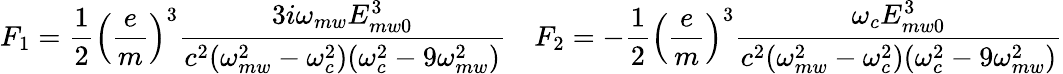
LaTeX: F_{1}=\frac{1}{2}\left(\frac{e}{m}\right)^{3}\frac{3i\omega_{mw}E_{mw0}^{3}}{c^{2}(\omega_{mw}^{2}-\omega_{c}^{2})(\omega_{c}^{2}-9\omega_{mw}^{2})}\quad F_{2}=-\frac{1}{2}\left(\frac{e}{m}\right)^{3}\frac{\omega_{c}E_{mw0}^{3}}{c^{2}(\omega_{mw}^{2}-\omega_{c}^{2})(\omega_{c}^{2}-9\omega_{mw}^{2})}